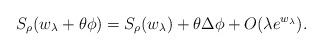
LaTeX: \begin{align*}S_{\rho}(w_{\lambda}+\theta\phi)=S_{\rho}(w_{\lambda})+ \theta \Delta\phi+O(\lambda e^{w_{\lambda}}).\end{align*}